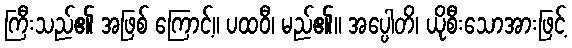
ကြီးသည်၏ အဖြစ် ကြောင့်။ ပထဝီ၊ မည်၏။ အပ္ပေါတိ၊ ယိုစီးသောအားဖြင့်